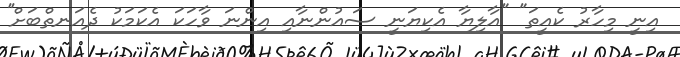
އިނީ މިހާރު ކެއީތަ" "އާލިޔާ އެކިޔަނީ ސައުންނާއި އިންނަ ވާހަކަ އެކަމަކު ދެއަނތްބަށް''